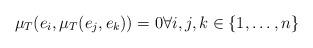
LaTeX: \begin{align*}\mu_T(e_i,\mu_T(e_j,e_k))=0 \forall i,j,k \in \{1,\ldots,n\}\end{align*}